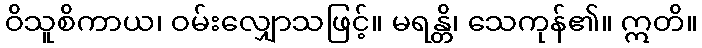
ဝိသူစိကာယ၊ ဝမ်းလျှောသဖြင့်။ မရန္တိ၊ သေကုန်၏။ ဣတိ။